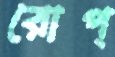
রোপ্‌